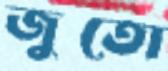
জুতো